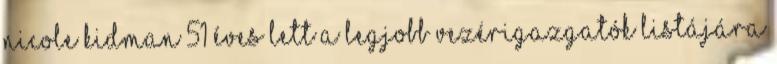
Nicole Kidman 51 éves lett A legjobb vezérigazgatók listájára